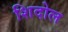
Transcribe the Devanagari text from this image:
शिदोल